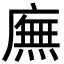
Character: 廡